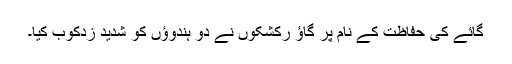
گائے کی حفاظت کے نام پر گاؤ رکشکوں نے دو ہندوؤں کو شدید زدکوب کیا۔